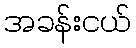
အခန်းငယ်